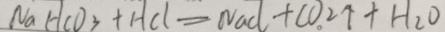
N a H C O _ { 3 } + H C l = N a C l + C O _ { 2 } \uparrow + H _ { 2 } O